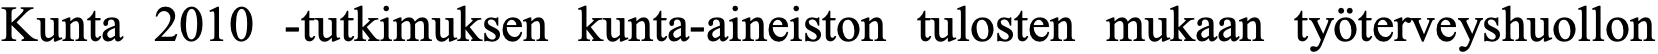
Kunta 2010 -tutkimuksen kunta-aineiston tulosten mukaan työterveyshuollon